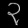
Digit: ၃